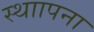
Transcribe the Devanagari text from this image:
स्थाापना